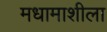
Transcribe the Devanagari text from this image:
मधामाशीला